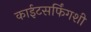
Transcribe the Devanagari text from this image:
काईटसर्फिंगशी